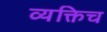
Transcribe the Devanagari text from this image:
व्यक्तिच